King Institute of Preventive Medicine Bacteriolog. Section reports 1907-08
Year: 1907
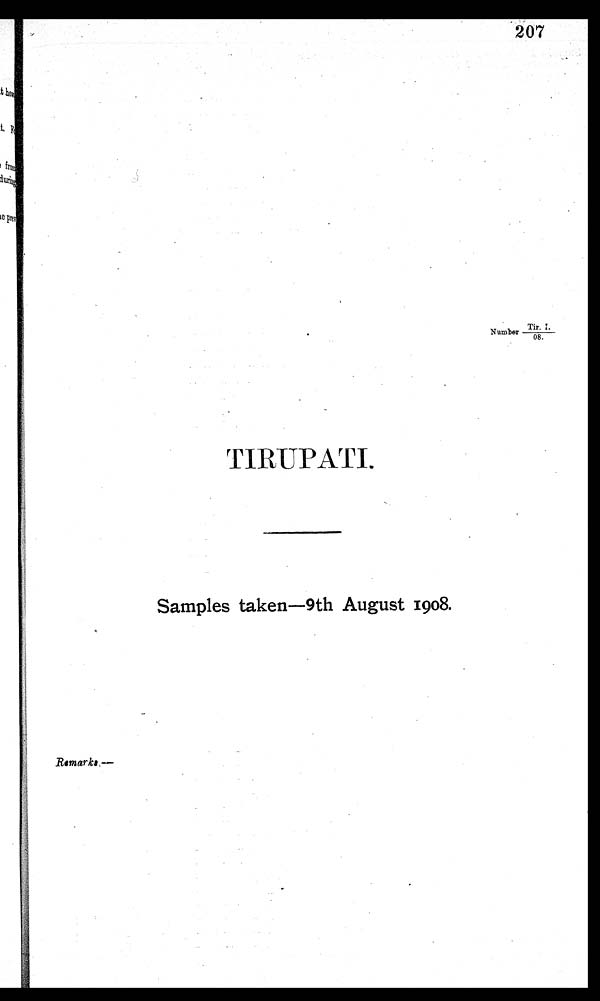
207
Tir. L
Number
08.
TIRUPATI.
Samples taken—9th August 1908.
Remarks—